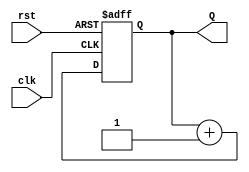
module UpCounterMoore #(
    parameter N = 3 // Number of bits in the counter
)(
    input wire clk,       // Clock signal
    input wire rst,       // Reset signal (active high)
    output reg [N-1:0] Q // Output count value
);

    // State transition logic
    always @(posedge clk or posedge rst) begin
        if (rst) begin
            Q <= 0;        // Reset the counter to 0
        end else begin
            Q <= Q + 1;    // Increment the counter
        end
    end

endmodule